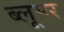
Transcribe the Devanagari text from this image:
ब्लूमर